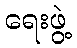
ရေးဖွဲ့